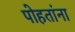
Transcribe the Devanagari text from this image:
पोहतांना